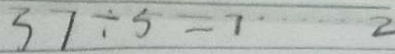
3 7 \div 5 = 7 \cdots 2